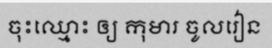
ចុះឈ្មោះ ឲ្យ កុមារ ចូលរៀន